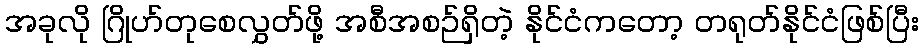
အခုလို ဂြိုဟ်တုစေလွှတ်ဖို့ အစီအစဉ်ရှိတဲ့ နိုင်ငံကတော့ တရုတ်နိုင်ငံဖြစ်ပြီး